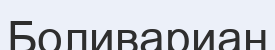
Боливариан